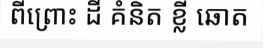
ពីព្រោះ ដី គំនិត ខ្លី ឆោត